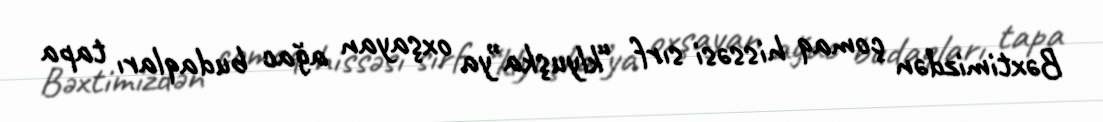
Bəxtimizdən çomaq hissəsi sırf “klyuşka”ya oxşayan ağac budaqları tapa